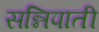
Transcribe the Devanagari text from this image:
सन्निपाती